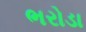
ભરોડા